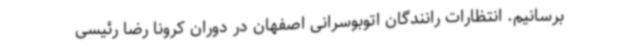
برسانیم. انتظارات رانندگان اتوبوسرانی اصفهان در دوران کرونا رضا رئیسی